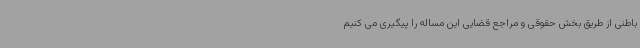
باطنی از طریق بخش حقوقی و مراجع قضایی این مساله را پیگیری می کنیم